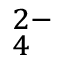
_ { 4 } ^ { 2 - }